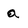
Character: a